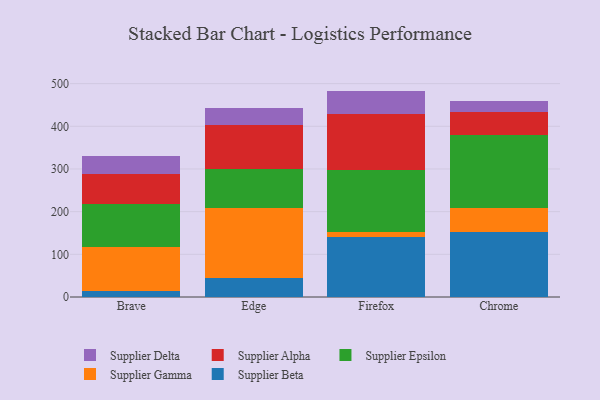
{"axis": {"x": "Browser", "y": "Website Visitors"}, "legend": ["Supplier Alpha", "Supplier Beta", "Supplier Delta", "Supplier Epsilon", "Supplier Gamma"], "data": [{"x": "Brave", "y": 14.6, "type": "Supplier Beta"}, {"x": "Brave", "y": 103.1, "type": "Supplier Gamma"}, {"x": "Brave", "y": 100.0, "type": "Supplier Epsilon"}, {"x": "Brave", "y": 70.0, "type": "Supplier Alpha"}, {"x": "Brave", "y": 41.9, "type": "Supplier Delta"}, {"x": "Edge", "y": 44.9, "type": "Supplier Beta"}, {"x": "Edge", "y": 163.9, "type": "Supplier Gamma"}, {"x": "Edge", "y": 91.5, "type": "Supplier Epsilon"}, {"x": "Edge", "y": 102.6, "type": "Supplier Alpha"}, {"x": "Edge", "y": 40.7, "type": "Supplier Delta"}, {"x": "Firefox", "y": 140.6, "type": "Supplier Beta"}, {"x": "Firefox", "y": 11.8, "type": "Supplier Gamma"}, {"x": "Firefox", "y": 145.7, "type": "Supplier Epsilon"}, {"x": "Firefox", "y": 130.4, "type": "Supplier Alpha"}, {"x": "Firefox", "y": 54.6, "type": "Supplier Delta"}, {"x": "Chrome", "y": 152.2, "type": "Supplier Beta"}, {"x": "Chrome", "y": 57.5, "type": "Supplier Gamma"}, {"x": "Chrome", "y": 171.1, "type": "Supplier Epsilon"}, {"x": "Chrome", "y": 52.9, "type": "Supplier Alpha"}, {"x": "Chrome", "y": 25.7, "type": "Supplier Delta"}]}